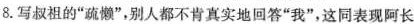
8.写叔祖的”疏懒”，别人都不肯真实地回答”我”，这同表现阿长